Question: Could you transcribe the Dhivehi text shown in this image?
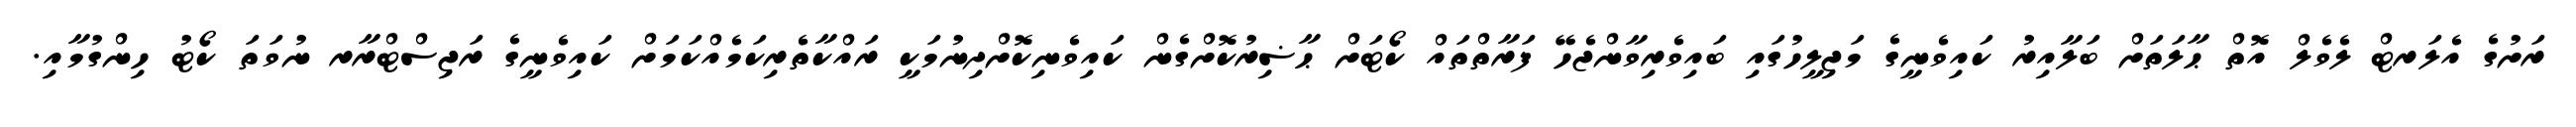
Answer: ރަށުގެ އެލަރޓް ލެވެލް އޮތް ޙާލަތަށް ބަލާއިރު ކައިވެނީގެ މަޖިލީހުގައި ބައިވެރިވާންޖެހޭ ފަރާތްތައް ކޯޓަށް ޙާޟިރުކޮށްގެން ކައިވެނިކޮށްދިނުމަކީ ރައްކާތެރިކަމެއްކަމަށް ކައިވެނީގެ ރަޖިސްޓްރާރ ނުވަތަ ކޯޓު ހިންގުމާއި.